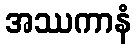
အဿကာနံ